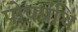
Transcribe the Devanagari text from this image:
पोषग्रंथि